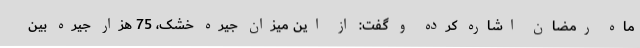
ماه رمضان اشاره کرده و گفت: از این میزان جیره خشک، 75 هزار جیره بین